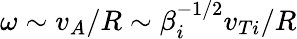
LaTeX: \omega\sim v_{A}/R\sim\beta_{i}^{-1/2}v_{Ti}/R